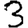
Digit: 3